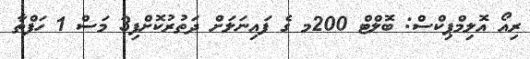
ރިއޯ އޮލިމްޕިކްސް: ބޮލްޓް 200މ ގެ ފައިނަލަށް ދަތުރުކޮށްފި3 މަސް 1 ހަފްތާ